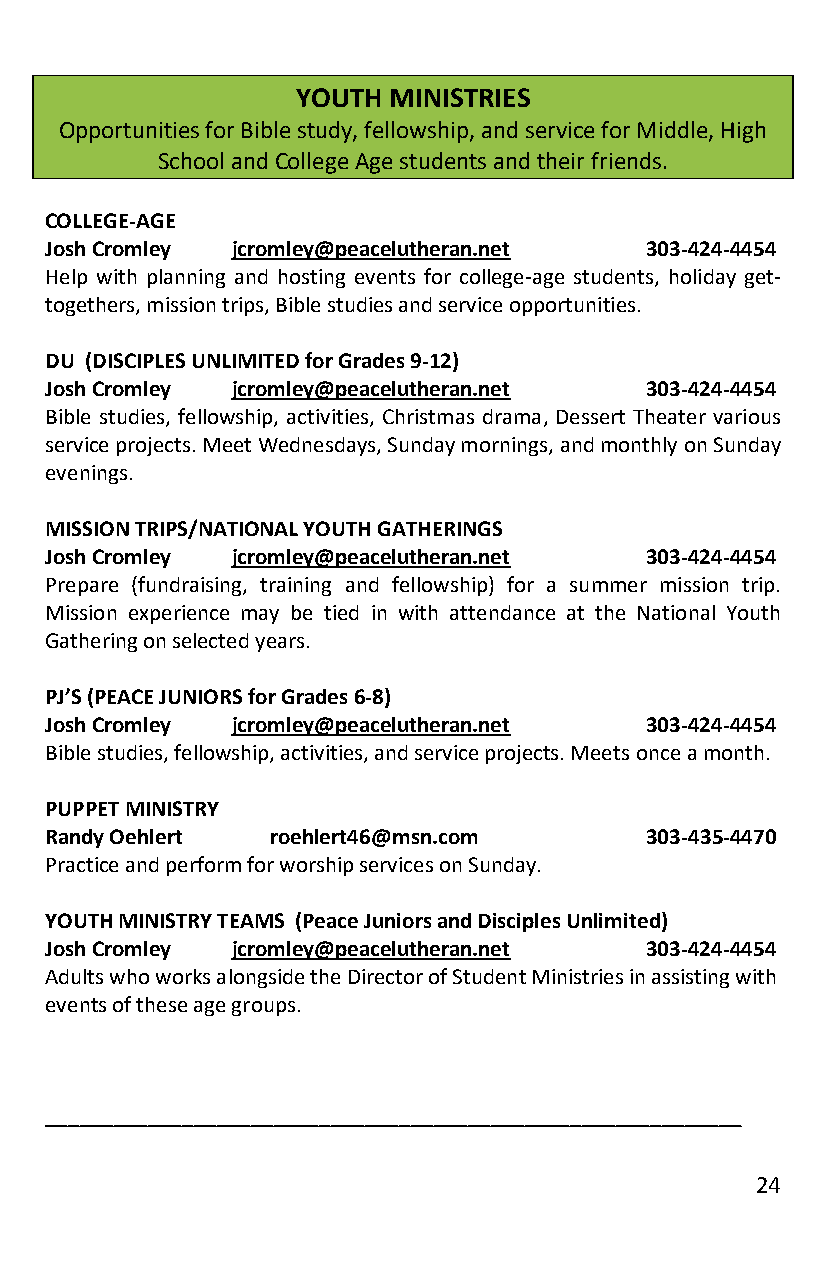
YOUTH MINISTRIES
 Opportunities for Bible study, fellowship, and service for Middle, High
 School and College Age students and their friends.
 COLLEGE-AGE
 Josh Cromley jcromley@peacelutheran.net 303-424-4454
 Help with planning and hosting events for college-age students, holiday get-
 togethers, mission trips, Bible studies and service opportunities.
 DU (DISCIPLES UNLIMITED for Grades 9-12)
 Josh Cromley jcromley@peacelutheran.net 303-424-4454
 Bible studies, fellowship, activities, Christmas drama, Dessert Theater various
 service projects. Meet Wednesdays, Sunday mornings, and monthly on Sunday
 evenings.
 MISSION TRIPS/NATIONAL YOUTH GATHERINGS
 Josh Cromley jcromley@peacelutheran.net 303-424-4454
 Prepare (fundraising, training and fellowship) for a summer mission trip.
 Mission experience may be tied in with attendance at the National Youth
 Gathering on selected years.
 PJ’S (PEACE JUNIORS for Grades 6-8)
 Josh Cromley jcromley@peacelutheran.net 303-424-4454
 Bible studies, fellowship, activities, and service projects. Meets once a month.
 PUPPET MINISTRY
 Randy Oehlert  roehlert46@msn.com       303-435-4470
 Practice and perform for worship services on Sunday.
 YOUTH MINISTRY TEAMS (Peace Juniors and Disciples Unlimited)
 Josh Cromley jcromley@peacelutheran.net 303-424-4454
 Adults who works alongside the Director of Student Ministries in assisting with
 events of these age groups.
 _____________________________________________________________
 24